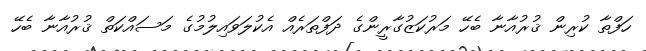
ހަފްތާ ކުރިން ޤުރުއާނާ ބެހޭ މަރުކަޒުގާރީންގެ ދަފްތަރެއް އެކުލަވައިލުމުގެ މަސައްކަތް ޤުރުއާނާ ބެހޭ